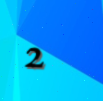
2